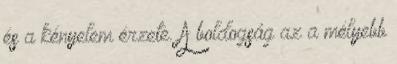
és a kényelem érzete. A boldogság az a mélyebb